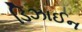
ડિઝાઈન